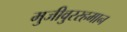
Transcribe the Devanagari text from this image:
मुजीवु्ररहमान